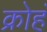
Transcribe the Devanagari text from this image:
क्रोहं